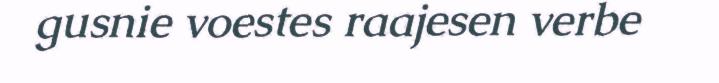
gusnie voestes raajesen verbe